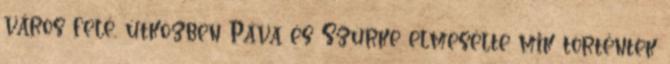
város felé, útközben Páva és Szürke elmesélte mik történtek